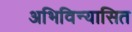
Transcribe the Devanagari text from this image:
अभिविन्यासित